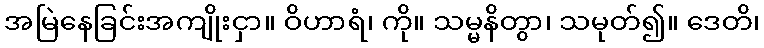
အမြဲနေခြင်းအကျိုးငှာ။ ဝိဟာရံ၊ ကို။ သမ္မနိတွာ၊ သမုတ်၍။ ဒေတိ၊